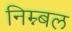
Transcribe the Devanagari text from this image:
निम्न्बल